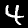
Label: 4